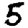
Digit: 5